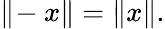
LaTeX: \| \! -x\| =\| x\| .